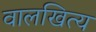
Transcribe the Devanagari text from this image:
वालखित्य